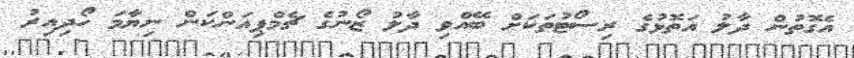
އެގޮތުން ދާލު އަތޮޅުގެ ރިސޯޓުތަކަށް ބޭއްވި ދާލު ޒޯނުގެ ޗެމްޕިއަންކަން ނިޔާމަ ހޯދިއިރު